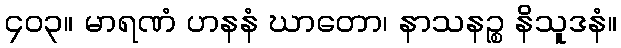
၄၀၃။ မာရဏံ ဟနနံ ဃာတော၊ နာသနဉ္စ နိသူဒနံ။